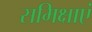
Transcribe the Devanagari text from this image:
समिक्षाएं